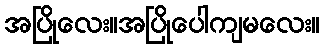
အပြိုလေး။အပြိုပေါကျမလေး။